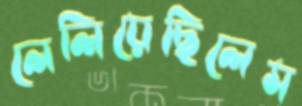
লেলিয়েছিলেম